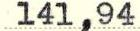
141,94